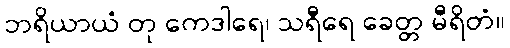
ဘရိယာယံ တု ကေဒါရေ၊ သရီရေ ခေတ္တ မီရိတံ။